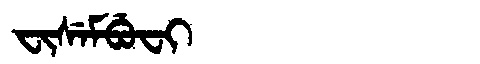
Manchu: ᠸᡳᠰᡝᠮᠪᡠᠸᡳ
Romanization: FISEMBUFI